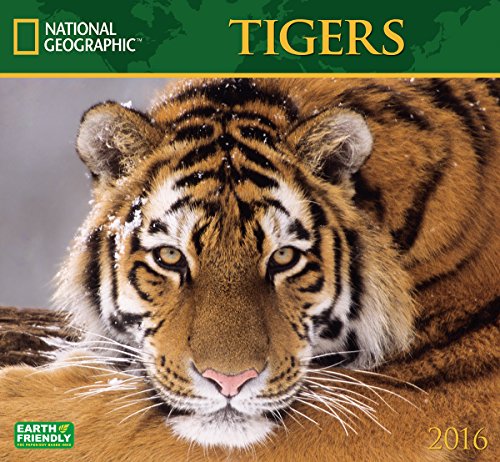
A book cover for Tigers National Geographic 2016 Wall Calendar; National Geographic Society; Calendars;